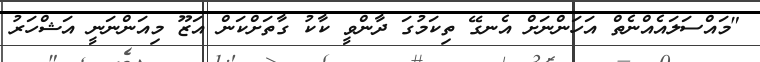
"މައްސަލައެއްނެތް އަހަންނަށް އެނގޭ ތިކަމުގަ ދާންވީ ކާކު ގާތަށްކަން އަޒޫ މިއަންނަނީ އަޝްހަރު